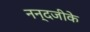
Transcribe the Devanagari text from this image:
नन्दजीके